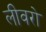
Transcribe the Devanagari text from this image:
लीवरो